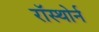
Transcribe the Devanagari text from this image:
रॉस्थोर्न